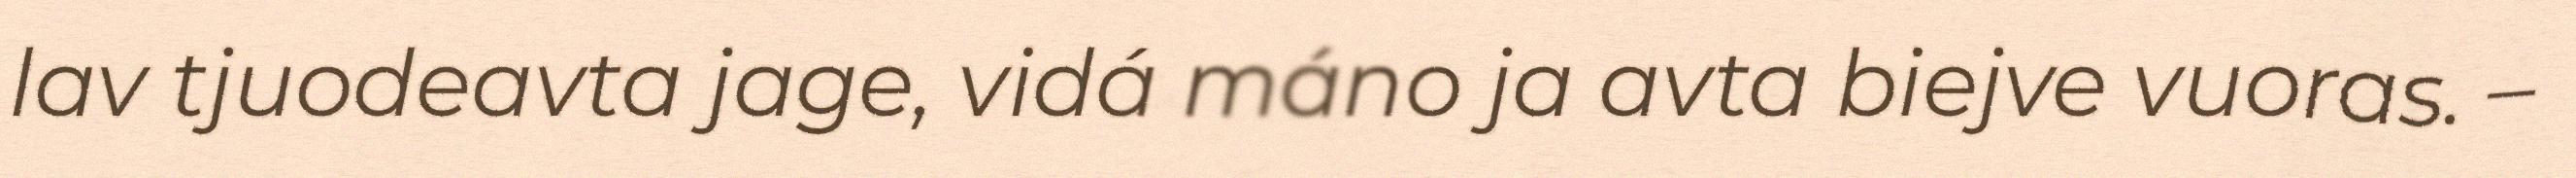
lav tjuodeavta jage, vidá máno ja avta biejve vuoras. –